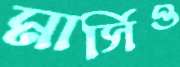
মার্সিও